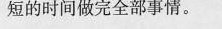
短的时间做完全部事情。